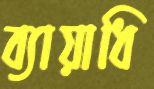
ব্যায়াধি